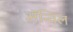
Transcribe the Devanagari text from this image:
अॅन्विल